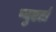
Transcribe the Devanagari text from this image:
प्युएर्टा